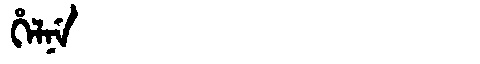
Manchu: ᡥᡝᠯᠨᡝ
Romanization: HELNE